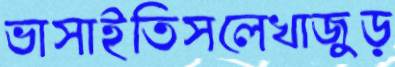
ভাসাইতিসলেখাজুড়